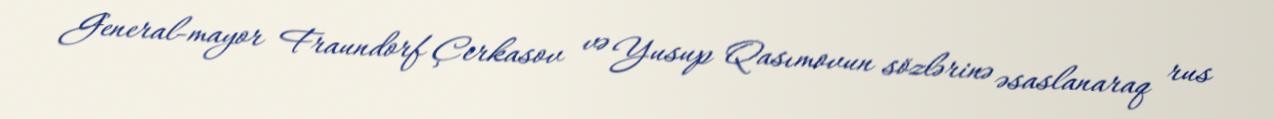
General-mayor Fraundorf Çerkasov və Yusup Qasımovun sözlərinə əsaslanaraq rus